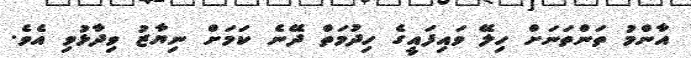
އާންމު ތަންތަނަށް ހިލޭ ވައިފައީގެ ހިދުމަތް ދޭނެ ކަމަށް ނިޔާޒު ވިދާޅުވި އެވެ.